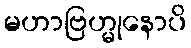
မဟာဗြဟ္မုနောပိ